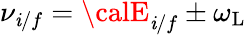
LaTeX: \nu_{\mathit{i}/f}={\calE}_{\mathit{i}/f}\pm\omega_{\mathrm{{L}}}